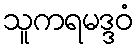
သူကရမဒ္ဒဝံ